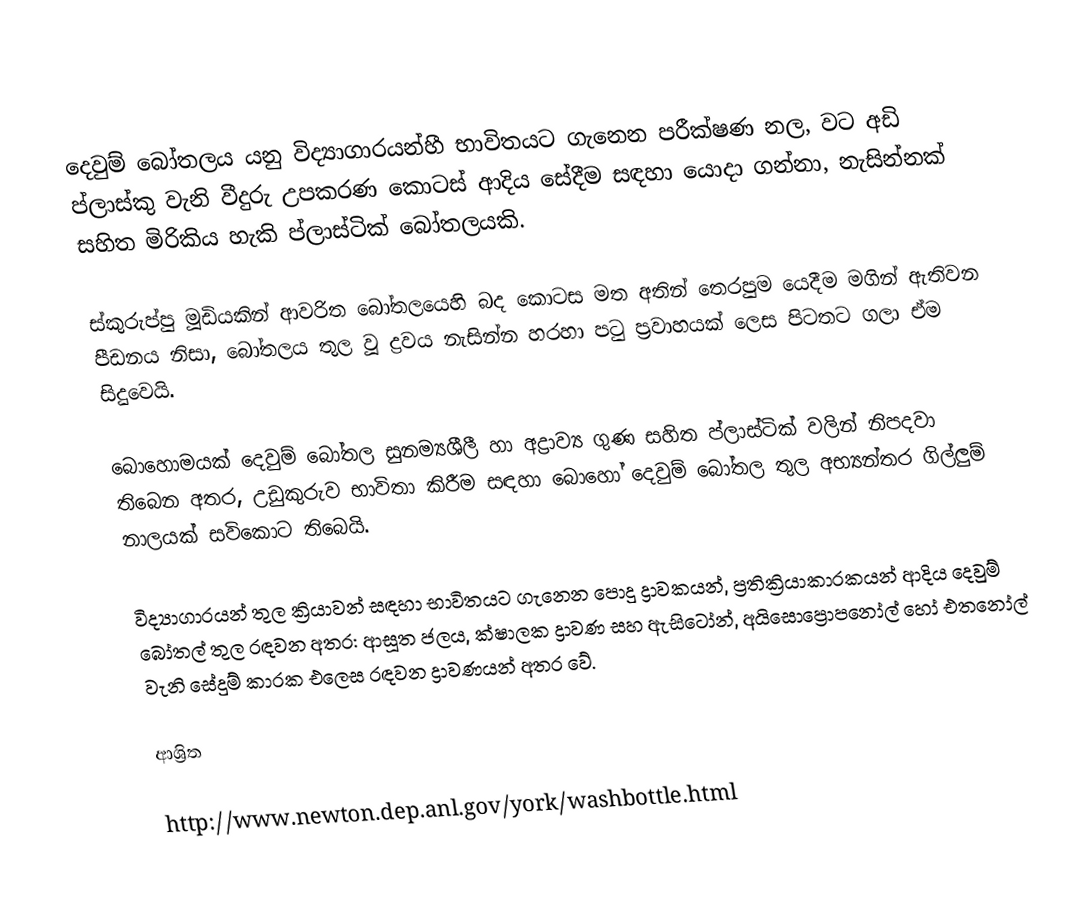
දෙවුම් බෝතලය යනු විද්‍යාගාරයන්හී භාවිතයට ගැනෙන පරීක්ෂණ නල, වට අඩි ප්ලාස්කු වැනි වීදුරු උපකරණ කොටස් ආදිය සේදීම සඳහා යොදා ගන්නා, නැසින්නක් සහිත මිරිකිය හැකි ප්ලාස්ටික් බෝතලයකි.

ස්කුරුප්පු මූඩියකින් ආවරිත බෝතලයෙහි බද කොටස මත අතින් තෙරපුම යෙදීම මගින් ඇතිවන පීඩනය නිසා, බෝතලය තුල වූ ද්‍රවය නැසින්න හරහා පටු ප්‍රවාහයක් ලෙස පිටතට ගලා ඒම සිදුවෙයි.

බොහොමයක් දෙවුම් බෝතල සුනම්‍යශීලී හා අද්‍රාව්‍ය ගුණ සහිත ප්ලාස්ටික් වලින් නිපදවා තිබෙන අතර, උඩුකුරුව භාවිතා කිරීම සඳහා බොහෝ දෙවුම් බෝතල තුල අභ්‍යන්තර ගිල්ලුම් නාලයක් සවිකොට තිබෙයි.

විද්‍යාගාරයන් තුල ක්‍රියාවන් සඳහා භාවිතයට ගැනෙන පොදු ද්‍රාවකයන්, ප්‍රතික්‍රියාකාරකයන් ආදිය දෙවුම් බෝතල් තුල රඳවන අතර: ආසූත ජලය, ක්ෂාලක ද්‍රාවණ සහ ඇසිටෝන්, අයිසොප්‍රොපනෝල් හෝ එතනෝල් වැනි සේදුම් කාරක එලෙස රඳවන ද්‍රාවණයන් අතර වේ.

ආශ්‍රිත

 http://www.newton.dep.anl.gov/york/washbottle.html